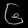
Digit: ၆